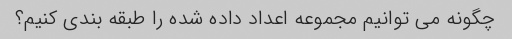
چگونه می توانیم مجموعه اعداد داده شده را طبقه بندی کنیم؟